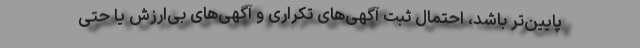
پایین‌تر باشد، احتمال ثبت آگهی‌های تکراری و آگهی‌های بی‌ارزش یا حتی